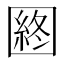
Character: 𡈡